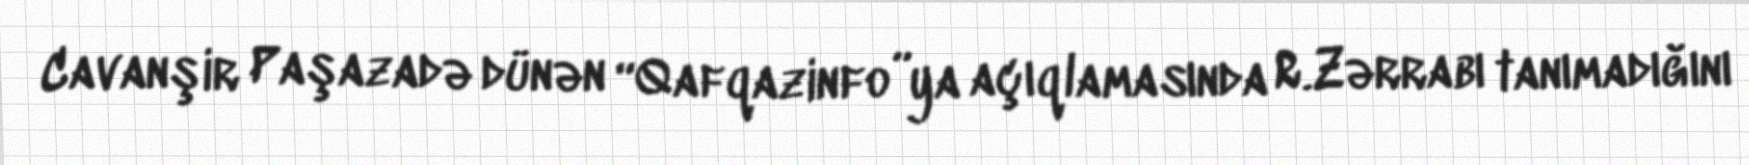
Cavanşir Paşazadə dünən “Qafqazinfo”ya açıqlamasında R.Zərrabı tanımadığını